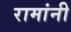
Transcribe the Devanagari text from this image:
रामांनी